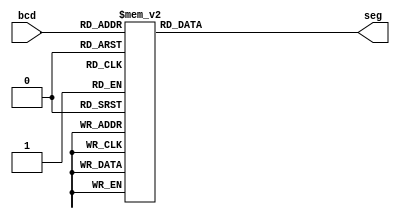
`timescale 1ns / 1ps

module hexa_to_7(
        input [3:0] bcd,
        output reg [6:0] seg
    );
	 
	 always@(bcd) begin
        case(bcd)
            4'd0: seg <= 7'b1111110;
            4'd1: seg <= 7'b0110000;
            4'd2: seg <= 7'b1101101;
            4'd3: seg <= 7'b1111001;
            4'd4: seg <= 7'b0110011;
            4'd5: seg <= 7'b1011011;
            4'd6: seg <= 7'b1011111;
            4'd7: seg <= 7'b1110000;
            4'd8: seg <= 7'b1111111;
            4'd9: seg <= 7'b1111011;
            4'd10: seg <= 7'b1110111;
            4'd11: seg <= 7'b0011111;
            4'd12: seg <= 7'b1001110;
            4'd13: seg <= 7'b0111101;
            4'd14: seg <= 7'b1001111;
            4'd15: seg <= 7'b1000111;
        endcase
	end

endmodule